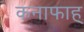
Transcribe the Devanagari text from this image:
कनाफाह्